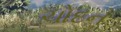
ચોદન